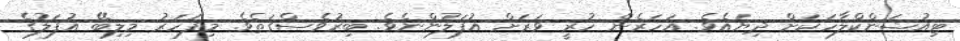
ޓިއުޝަންކްލާހަކަށް ދިޔައެވެ. އަހަރެން ހުރީ ވަރަށް އުފަލުންނެވެ. ބިރުވެސްގަތެވެ. މިފަހަރު މިލިބޭ އުފަލުގެ